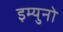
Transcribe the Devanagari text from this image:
इम्युनो